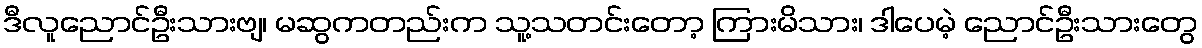
ဒီလူညောင်ဦးသားဗျ၊ မဆွကတည်းက သူ့သတင်းတော့ ကြားမိသား၊ ဒါပေမဲ့ ညောင်ဦးသားတွေ